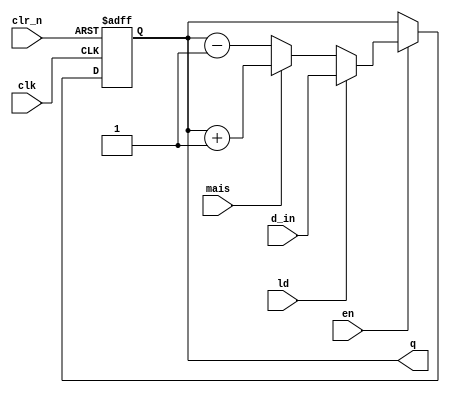
// Autor: Thas Laura Ancio Andrade
// 
// Data de criao:   23/06/2024 
// Nome do mdulo:    cont
// Nome do projeto:   Projeto Final de Sistemas Digitais
// Verso: v1
/* Descrio: a terceira parte do trabalho foi desenvolver (implementar), analisar e testar diversos mdulos que comporo um Sistema Digital Complexo:
              decodificador 2x4 (o decodificador deve ter uma entrada de enable - en), multiplexador 2x1, multiplexador 4x1, somador/subtrator (o             	      somador/subtrator deve ter uma sada de carry), registrador paralelo com clock enable (en) positivo, contador binrio com clock enable (en)     	      positivo, carga paralela (ld) positiva e reset assncrono negativo (clr_n).

COPYING
=======

Copyright:  Copyright (C) 2024 Thas Laura
Licence:    GPL-3.0-ou-posterior

This file is part of Projeto Final de Sistemas Digitais.

    This program is free software: you can redistribute it and/or modify
    it under the terms of the GNU General Public License as published by
    the Free Software Foundation, either version 3 of the License, or
    (at your option) any later version.

    This program is distributed in the hope that it will be useful,
    but WITHOUT ANY WARRANTY; without even the implied warranty of
    MERCHANTABILITY or FITNESS FOR A PARTICULAR PURPOSE.  See the
    GNU General Public License for more details.

    You should have received a copy of the GNU General Public License
    along with this program.  If not, see <https://www.gnu.org/licenses/>6.


Mdulo: cont

Descrio:
Um contador permite indicar uma quantidade dependendo dos parmetros de entrada:  atualizado  cada borda positiva do clock e  cada borda negativa do reset (clr_n). Se a carga paralela estiver ativada (positiva), significa que se inicializa a varivel de sada (q) com algum valor (d_in) j definido (diferente ou no de zero). Tambm,  possvel incrementar (mais = 1) ou decrementar (mais = 0) uma unidade do contador. Essas duas ltimas atividades podem ser executadas de acordo com o enable (en) positivo.  importante ressaltar que se utiliza uma varivel registradora para a sada (q), a fim de se utilizar o bloco "always".

Parmetros:
- Size: quantidade de bits 
Output:
- q: valor atualizado (incrementado, decrementado, zerado ou inicializado)
Input:
- d_in: valor inicial 
- en: entrada enable (se for 0, no h mudana na sada)
- clk: entrada de clock
- clr_n: entrada de reset/clear
- ld: indica que  necessria uma inicializao da sada
- mais: indica um incremento (1) ou decremento (0)
*/

`timescale 1 ns / 100 ps

module cont #(parameter Size=8)
	(output reg [Size-1:0] q, input [Size-1:0] d_in, input en, clk, clr_n, ld, mais);

    always @(posedge clk or negedge clr_n) begin
        if (~clr_n)
            q <= 0;
        else if (en) begin
            if (ld)
                q <= d_in;
            else if (mais)
                q <= q + 1;
            else
                q <= q -1;
        end
    end
endmodule